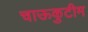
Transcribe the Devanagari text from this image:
चाऊकुटीम